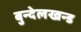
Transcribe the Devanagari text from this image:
बुन्देलखन्ड